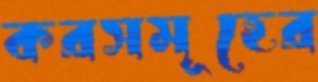
করসমূহের